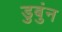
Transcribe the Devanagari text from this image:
डुबुंन